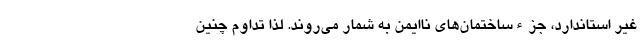
غیر استاندارد، جزءساختمان‌های ناایمن به شمار می‌روند. لذا تداوم چنین